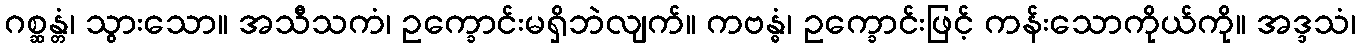
ဂစ္ဆန္တံ၊ သွားသော။ အသီသကံ၊ ဥက္ခောင်းမရှိဘဲလျက်။ ကဗန္ဓံ၊ ဥက္ခောင်းဖြင့် ကန်းသောကိုယ်ကို။ အဒ္ဒသံ၊